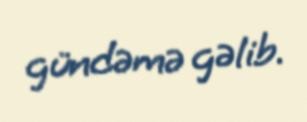
gündəmə gəlib.